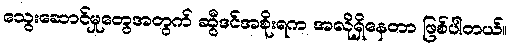
သွေးဆောင်မှုတွေအတွက် ဆွီဒင်အစိုးရက အလိုရှိနေတာ ဖြစ်ပါတယ်။